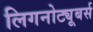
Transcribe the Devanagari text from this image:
लिगनोट्यूबर्स